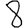
Digit: 8